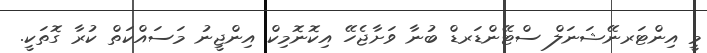
މީ އިންޓަރނޭޝަނަލް ސްޓޭންޑަރޑް ބުނާ ވަށާޖެހޭ އިކޮނޮމިކް އިންޖީނު މަސައްކަތް ކުރާ ގޮތަކީ.